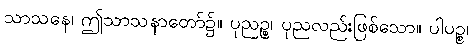
သာသနေ၊ ဤသာသနာတော်၌။ ပုညဉ္စ၊ ပုညလည်းဖြစ်သော။ ပါပဉ္စ၊